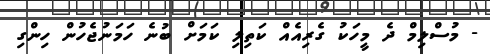
- މުސްލިމް ދެ މީހަކު ގެރިއެއް ކަތިލި ކަމަށް ބުނެ ހަމަނުޖެހުން ހިންގި